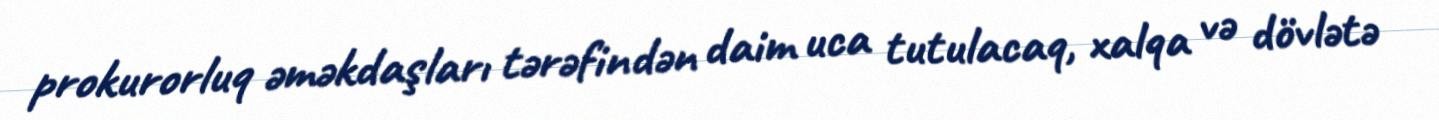
prokurorluq əməkdaşları tərəfindən daim uca tutulacaq, xalqa və dövlətə